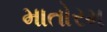
માતોરમ